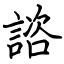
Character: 諮